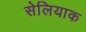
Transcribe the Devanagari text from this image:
सेलियाक